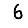
Digit: 6